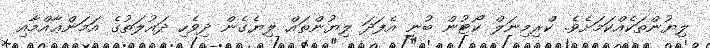
ލިޔުންތަކެއްކަމަށެވެ. ކްރިމިނަލް ކޯޓުން ބުނީ އެފަދަ ލިޔުންތައް ލިޔެގެން ދިވެހި ދައުލަތުގެ އަމަންޢާއްމާއި